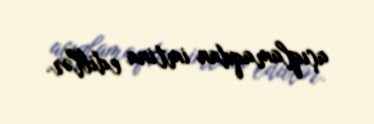
açıqlamaqdan imtina ediblər.